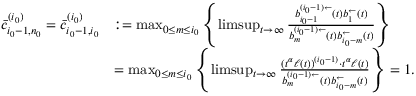
\begin{array} { r l } { \bar { c } _ { i _ { 0 } - 1 , n _ { 0 } } ^ { ( i _ { 0 } ) } = \bar { c } _ { i _ { 0 } - 1 , i _ { 0 } } ^ { ( i _ { 0 } ) } } & { : = \operatorname* { m a x } _ { 0 \le m \le i _ { 0 } } \left\{ \operatorname* { l i m s u p } _ { t \to \infty } \frac { b _ { i _ { 0 } - 1 } ^ { ( i _ { 0 } - 1 ) \leftarrow } ( t ) b _ { 1 } ^ { \leftarrow } ( t ) } { b _ { m } ^ { ( i _ { 0 } - 1 ) \leftarrow } ( t ) b _ { i _ { 0 } - m } ^ { \leftarrow } ( t ) } \right\} } \\ & { = \operatorname* { m a x } _ { 0 \le m \le i _ { 0 } } \left\{ \operatorname* { l i m s u p } _ { t \to \infty } \frac { ( t ^ { \alpha } \ell ( t ) ) ^ { ( i _ { 0 } - 1 ) } \cdot t ^ { \alpha } \ell ( t ) } { b _ { m } ^ { ( i _ { 0 } - 1 ) \leftarrow } ( t ) b _ { i _ { 0 } - m } ^ { \leftarrow } ( t ) } \right\} = 1 . } \end{array}